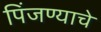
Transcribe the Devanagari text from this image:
पिंजण्याचे